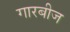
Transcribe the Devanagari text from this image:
गारबीज